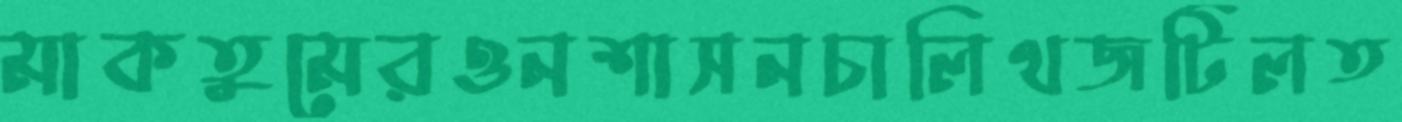
মাকতুমেরওনশাসনচালিথজটিলত